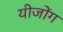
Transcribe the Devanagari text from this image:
यीजोंग